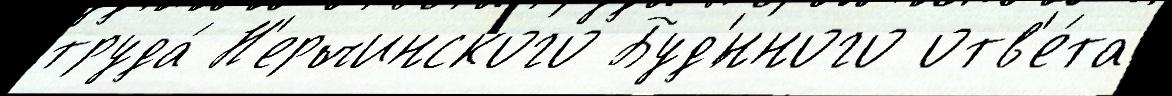
труда́ Н'ерчинского Буд'́нного отв'е́та